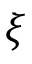
\xi